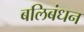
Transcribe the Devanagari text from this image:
बलिबंधन